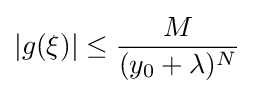
|g(\xi )|\leq {\frac {M}{(y_{0}+\lambda )^{N}}}